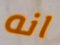
انه